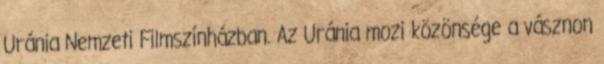
Uránia Nemzeti Filmszínházban. Az Uránia mozi közönsége a vásznon